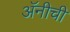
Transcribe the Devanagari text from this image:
अॅनीची